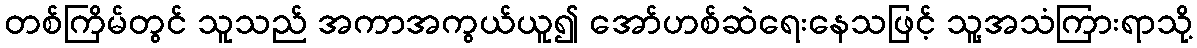
တစ်ကြိမ်တွင် သူသည် အကာအကွယ်ယူ၍ အော်ဟစ်ဆဲရေးနေသဖြင့် သူ့အသံကြားရာသို့